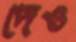
দেও